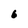
Character: 6